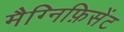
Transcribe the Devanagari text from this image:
मैग्निफ़िसेंट